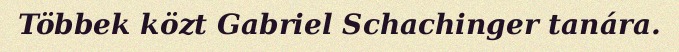
Többek közt Gabriel Schachinger tanára.